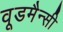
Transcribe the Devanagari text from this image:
वूडमैन्सी